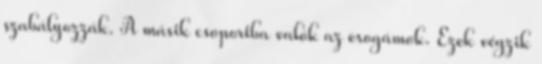
szabályozzák. A másik csoportba valók az exogámok. Ezek végzik